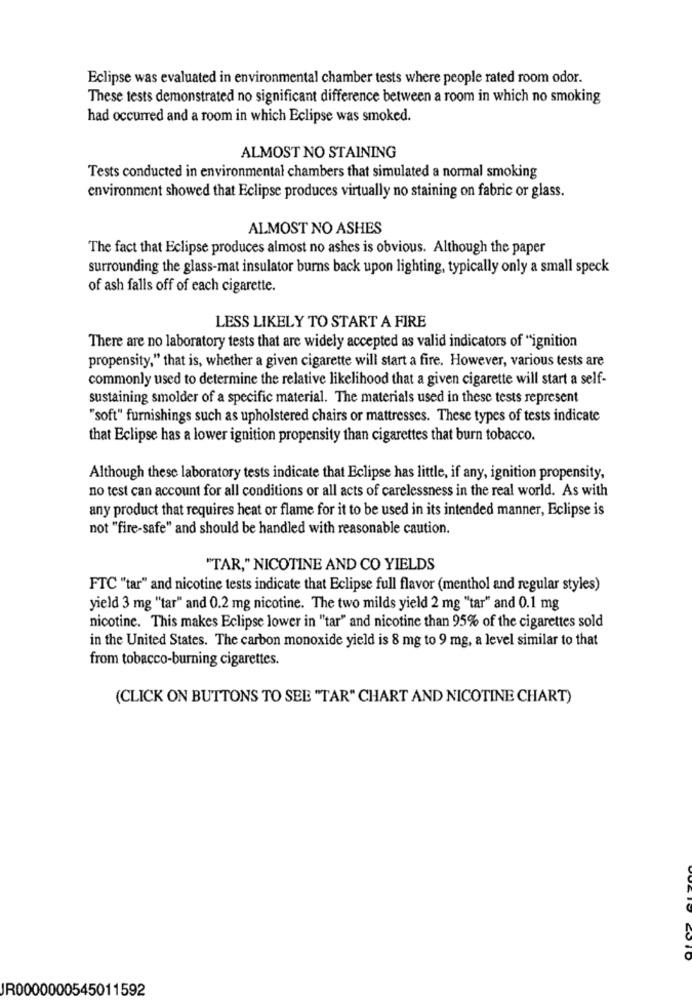
Eclipse was evaluated in environmental chamber tests where people rated room odor.
These tests demonstrated no significant difference between a room in which no smoking
had occurred and a room in which Eclipse was smoked.
ALMOST NO STAINING
Tests conducted in environmental chambers that simulated a normal smoking
environment showed that Eclipse produces virtually no staining on fabric or glass.
ALMOST NO ASHES
The fact that Eclipse produces almost no ashes is obvious. Although the paper
surrounding the glass-mat insulator burns back upon lighting, typically only a small speck
of ash falls off of each cigarette.
LESS LIKELY TO START A FIRE
There are no laboratory tests that are widely accepted as valid indicators of "ignition
propensity," that is, whether a given cigarette will start a fire. However, various tests are
commonly used to determine the relative likelihood that a given cigarette will start a self-
sustaining smolder of a specific material. The materials used in these tests represent
"soft" furnishings such as upholstered chairs or mattresses. These types of tests indicate
that Eclipse has a lower ignition propensity than cigarettes that burn tobacco.
Although these laboratory tests indicate that Eclipse has little, if any, ignition propensity,
no test can account for all conditions or all acts of carelessness in the real world. As with
any product that requires heat or flame for it to be used in its intended manner, Eclipse is
not "fire-safe" and should be handled with reasonable caution.
"TAR," NICOTINE AND CO YIELDS
FTC "tar" and nicotine tests indicate that Eclipse full flavor (menthol and regular styles)
yield 3 mg "tar" and 0.2 mg nicotine. The two milds yield 2 mg "tar" and 0.1 mg
nicotine. This makes Eclipse lower in "tar" and nicotine than 95% of the cigarettes sold
in the United States. The carbon monoxide yield is 8 mg to 9 mg, a level similar to that
from tobacco-burning cigarettes.
(CLICK ON BUTTONS TO SEE "TAR" CHART AND NICOTINE CHART)
JR0000000545011592